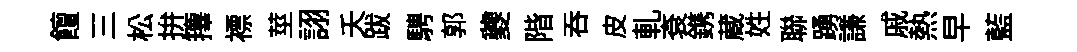
饘三松拚籜褾莖詡夭跋騁郭夔階呑皮軋袞鎸蔵姓聯踴謙戚熱早藍